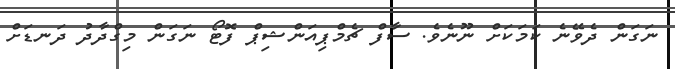
ނަގަން ދެވޭނެ ކަމަކަށް ނޫނެވެ. ސާފް ޗެމްޕިއަންޝިޕް ފޮޓޯ ނަގަން މިގްދާދު ދަނޑަށް